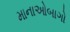
માનાઓબાગો